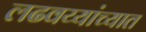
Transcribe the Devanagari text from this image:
लढवय्यांच्यात